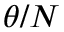
\theta / N